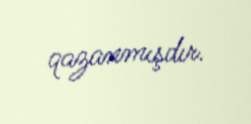
qazanmışdır.